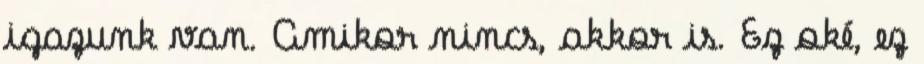
igazunk van. Amikor nincs, akkor is. Ez oké, ez